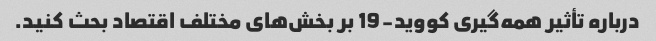
درباره تأثیر همه‌گیری کووید-19 بر بخش‌های مختلف اقتصاد بحث کنید.